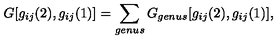
G [ g _ { i j } ( 2 ) , g _ { i j } ( 1 ) ] = \sum _ { g e n u s } G _ { g e n u s } [ g _ { i j } ( 2 ) , g _ { i j } ( 1 ) ] ,